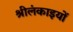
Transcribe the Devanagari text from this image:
श्रीलंकाइयों